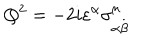
LaTeX: Q ^ { 2 } = - 2 i \varepsilon ^ { \alpha } \sigma _ { \alpha \stackrel { . } { \beta } } ^ { \mu } \,